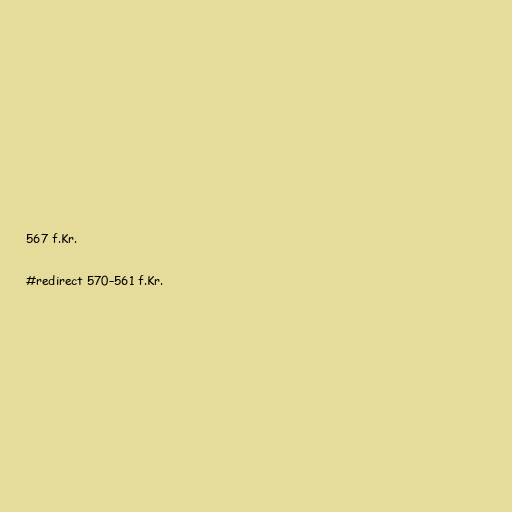
567 f.Kr.

#redirect 570–561 f.Kr.